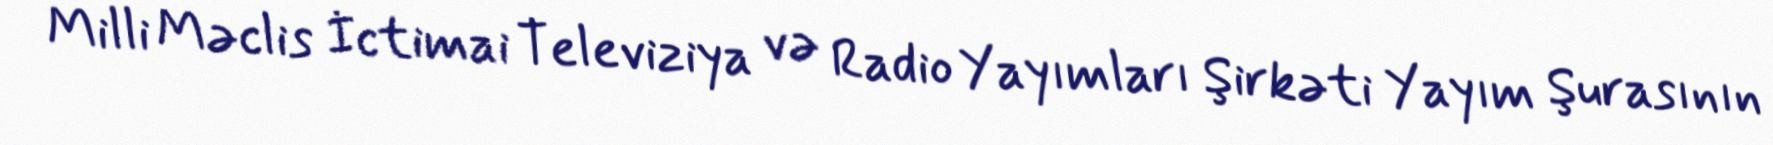
Milli Məclis İctimai Televiziya və Radio Yayımları Şirkəti Yayım Şurasının